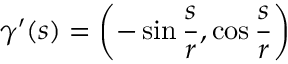
{ \boldsymbol { \gamma } } ^ { \prime } ( s ) = \left( - \sin { \frac { s } { r } } , \cos { \frac { s } { r } } \right)